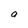
Character: a